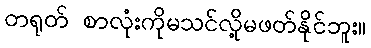
တရုတ် စာလုံးကိုမသင်လို့မဖတ်နိုင်ဘူး။